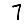
Digit: 7